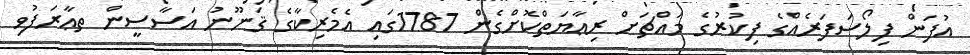
އުފަން ފިލޯސަފަރެއްގެ ފިކުރުގެ މައްޗަށް ރިޢާޔަތްކޮށްގެން 1787ގައި އެމެރިކާގެ ޤަނޫނު އަސާސީން ތޢާރަފުވި